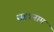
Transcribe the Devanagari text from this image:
सहत्रनाम